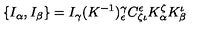
\{ I _ { \alpha } , I _ { \beta } \} = I _ { \gamma } ( K ^ { - 1 } ) _ { \epsilon } ^ { \gamma } C ^ { \epsilon } _ { \zeta \iota } K _ { \alpha } ^ { \zeta } K _ { \beta } ^ { \iota }